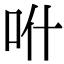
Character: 𠯰